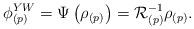
LaTeX: \begin{align*}\phi _{(p)}^{YW}=\Psi\left(\rho_{(p)}\right)=\mathcal{R}_{(p)}^{-1}\rho_{(p)}.\end{align*}